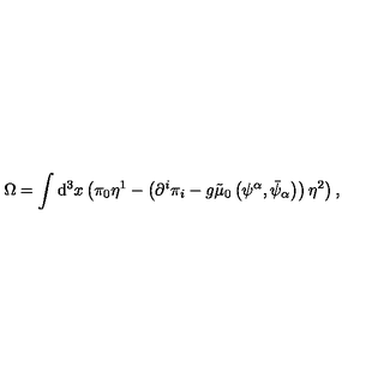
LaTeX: \Omega = \int \mathrm { d } ^ { 3 } x \left( \pi _ { 0 } \eta ^ { 1 } - \left( \partial ^ { i } \pi _ { i } - g \tilde { \mu } _ { 0 } \left( \psi ^ { \alpha } , \bar { \psi } _ { \alpha } \right) \right) \eta ^ { 2 } \right) ,